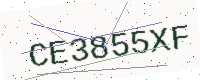
Text: CE3855XF